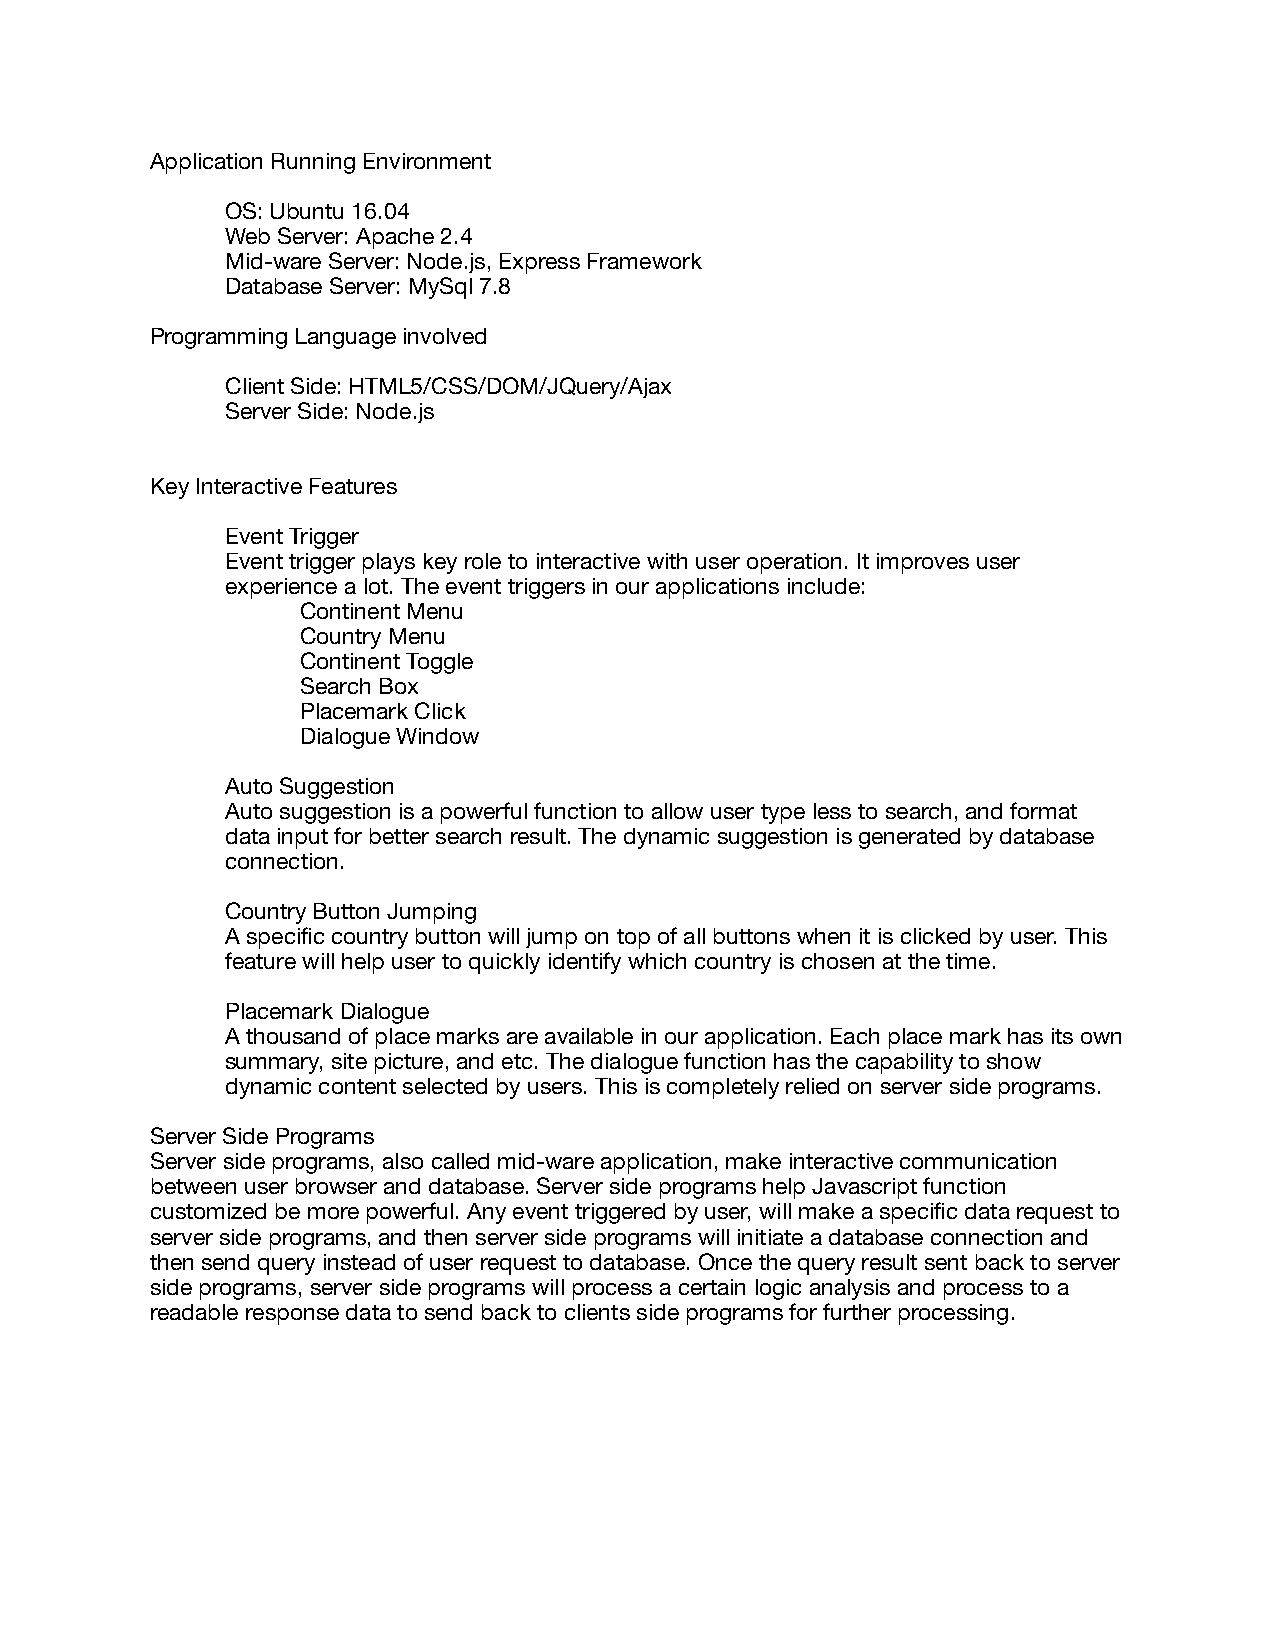
Application Running Environment
 OS: Ubuntu 16.04
 Web Server: Apache 2.4
 Mid-ware Server: Node.js, Express Framework
 Database Server: MySql 7.8
 Programming Language involved
 Client Side: HTML5/CSS/DOM/JQuery/Ajax
 Server Side: Node.js
 Key Interactive Features
 Event Trigger
 Event trigger plays key role to interactive with user operation. It improves user
 experience a lot. The event triggers in our applications include:
 Continent Menu
 Country Menu
 Continent Toggle
 Search Box
 Placemark Click
 Dialogue Window
 Auto Suggestion
 Auto suggestion is a powerful function to allow user type less to search, and format
 data input for better search result. The dynamic suggestion is generated by database
 connection.
 Country Button Jumping
 A specific country button will jump on top of all buttons when it is clicked by user. This
 feature will help user to quickly identify which country is chosen at the time.
 Placemark Dialogue
 A thousand of place marks are available in our application. Each place mark has its own
 summary, site picture, and etc. The dialogue function has the capability to show
 dynamic content selected by users. This is completely relied on server side programs.
 Server Side Programs
 Server side programs, also called mid-ware application, make interactive communication
 between user browser and database. Server side programs help Javascript function
 customized be more powerful. Any event triggered by user, will make a specific data request to
 server side programs, and then server side programs will initiate a database connection and
 then send query instead of user request to database. Once the query result sent back to server
 side programs, server side programs will process a certain logic analysis and process to a
 readable response data to send back to clients side programs for further processing.